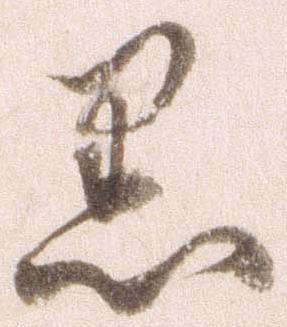
黒